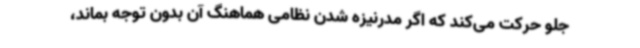
جلو حرکت می‌کند که اگر مدرنیزه شدن نظامی هماهنگ آن بدون توجه بماند،